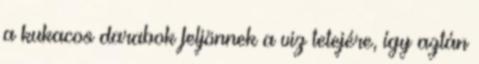
a kukacos darabok feljönnek a viz tetejére, így aztán